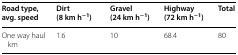
<table><thead><tr><td><b>Road type, avg. speed</b></td><td><b>Dirt (8 km h<sup>−1</sup>)</b></td><td><b>Gravel (24 km h<sup>−1</sup>)</b></td><td><b>Highway (72 km h<sup>−1</sup>)</b></td><td><b>Total</b></td></tr></thead><tbody><tr><td>One way haul km</td><td>1.6</td><td>10</td><td>68.4</td><td>80</td></tr></tbody></table>